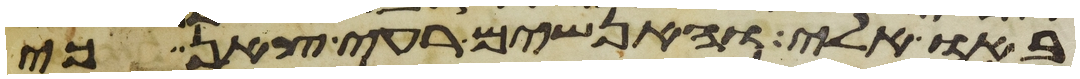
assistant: באו אלי והאנשים רעי צאן כי